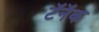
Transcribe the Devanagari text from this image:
टॅनॅक